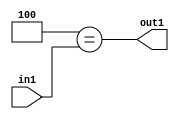
`timescale 1ps / 1ps
/*****************************************************************************
    Verilog RTL Description
    
    
    Created by: Stratus DpOpt 2019.1.01 
*******************************************************************************/

module feature_write_addr_gen_Eqi4u3_4_0 (
	in1,
	out1
	); /* architecture "behavioural" */ 
input [2:0] in1;
output  out1;
wire  asc001;

assign asc001 = (8'B00000100==in1);

assign out1 = asc001;
endmodule

/* CADENCE  urjyTgg= : u9/ySgnWtBlWxVPRXgAZ4Og= ** DO NOT EDIT THIS LINE ******/